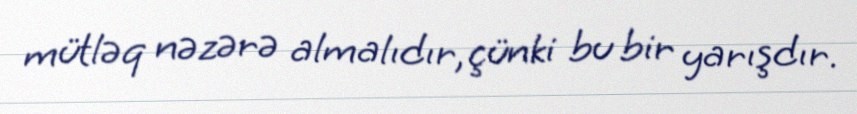
mütləq nəzərə almalıdır, çünki bu bir yarışdır.